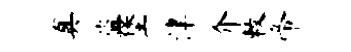
真盗堡津介敕帝